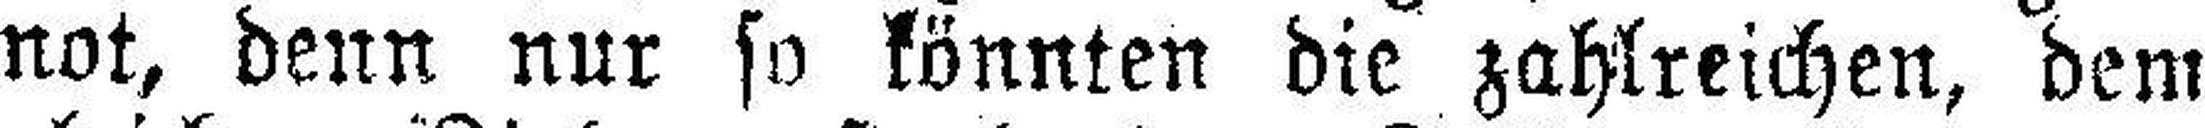
not, denn nur so könnten die zahlreichen, dem